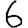
Digit: 6